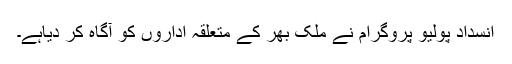
انسداد پولیو پروگرام نے ملک بھر کے متعلقہ اداروں کو آگاہ کر دیاہے۔